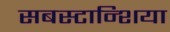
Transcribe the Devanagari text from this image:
सबस्टान्शिया